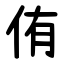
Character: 侑